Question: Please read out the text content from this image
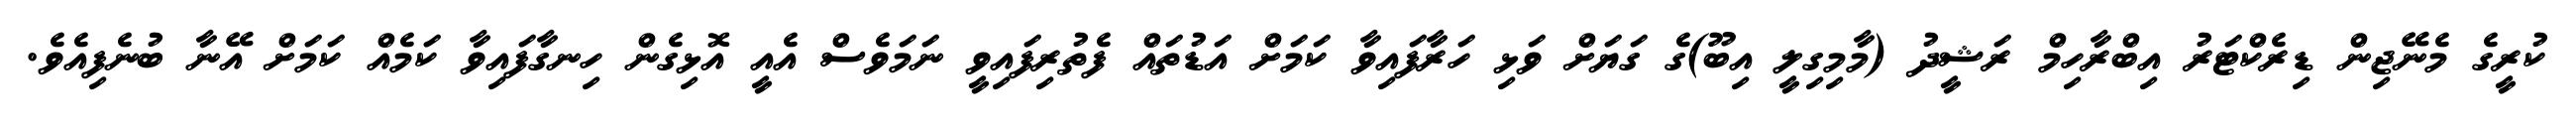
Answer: ކުރީގެ މެނޭޖިން ޑިރެކްޓަރު އިބްރާހިމް ރަޝީދު (މާމިގިލީ އިބޫ)ގެ ގަޔަށް ވަޅި ހަރާފައިވާ ކަމަށް އަޑުތައް ފެތުރިފައިވީ ނަމަވެސް އެއީ އޮޅިގެން ހިނގާފައިވާ ކަމެއް ކަމަށް އޭނާ ބުނެފިއެވެ.